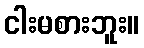
ငါးမစားဘူး။